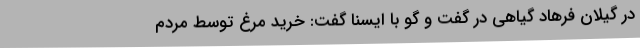
در گیلان فرهاد گیاهی در گفت و گو با ایسنا گفت: خرید مرغ توسط مردم